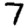
Digit: 7